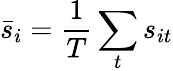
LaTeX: \bar{s}_{i}=\frac{1}{T}\sum_{t}s_{it}